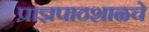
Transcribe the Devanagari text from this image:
प्राज्ञपाठशाळचे